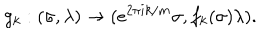
LaTeX: g _ { k } : ( \sigma , \lambda ) \rightarrow ( e ^ { 2 \pi i k / m } \sigma , f _ { k } ( \sigma ) \lambda ) .